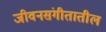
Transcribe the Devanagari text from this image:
जीवनसंगीतातील